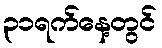
၃၁ရက်နေ့တွင်